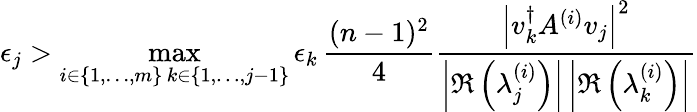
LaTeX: \epsilon_{j}>\operatorname*{max}_{\substack{i\in\{ 1,\dots,m\} \, k\in\{ 1,\dots,j-1\} }}\epsilon_{k}\, \frac{(n-1)^{2}}{4}\frac{\left|v_{k}^{\dagger}A^{(i)}v_{j}\right|^{2}}{\left|\Re\left(\lambda_{j}^{(i)}\right)\right|\left|\Re\left(\lambda_{k}^{(i)}\right)\right|}